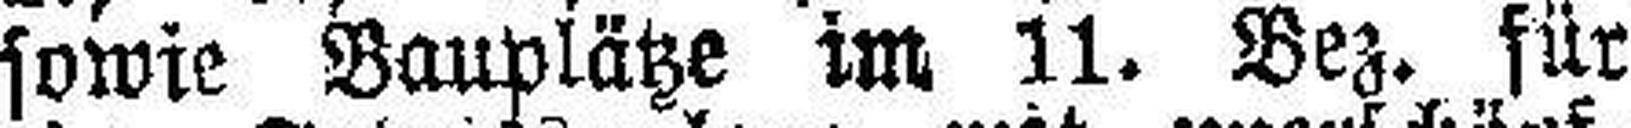
sowie Bauplätze im 11. Bez. für